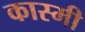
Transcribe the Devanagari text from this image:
कास्‍मी